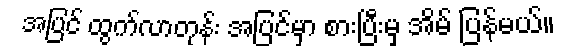
အပြင် ထွက်လာတုန်း အပြင်မှာ စားပြီးမှ အိမ် ပြန်မယ်။